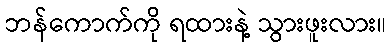
ဘန်ကောက်ကို ရထားနဲ့ သွားဖူးလား။